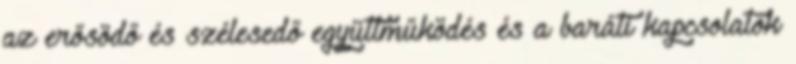
az erősödő és szélesedő együttműködés és a baráti kapcsolatok